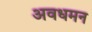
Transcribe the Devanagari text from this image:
अवधमन